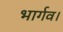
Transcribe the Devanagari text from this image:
भार्गव।